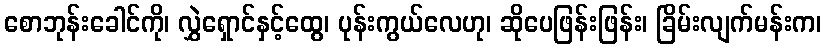
စောဘုန်းခေါင်ကို၊ လွှဲရှောင်နှင့်ထွေ၊ ပုန်းကွယ်လေဟု၊ ဆိုပေဖြန်းဖြန်း၊ ခြိမ်းလျက်မန်းက၊